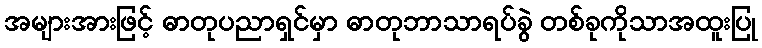
အများအားဖြင့် ဓာတုပညာရှင်မှာ ဓာတုဘာသာရပ်ခွဲ တစ်ခုကိုသာအထူးပြု